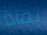
بماذا